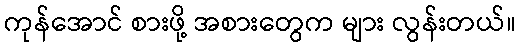
ကုန်အောင် စားဖို့ အစားတွေက များ လွန်းတယ်။